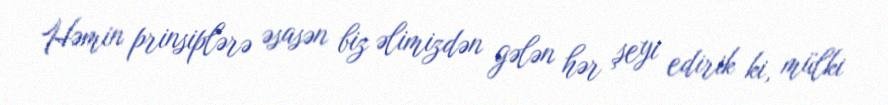
Həmin prinsiplərə əsasən biz əlimizdən gələn hər şeyi edirik ki, mülki